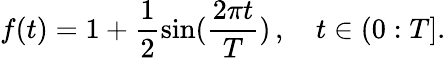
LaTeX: f(t)=1+\frac{1}{2}\sin(\frac{2\pi t}{T})\, ,\quad t\in(0:T].